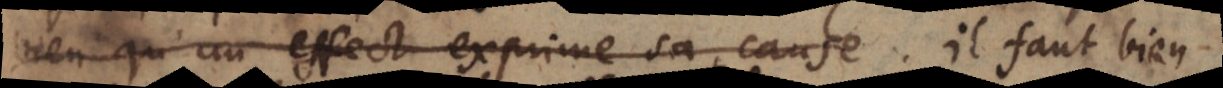
bien qu’un effect exprime sa cause. Il faut bien